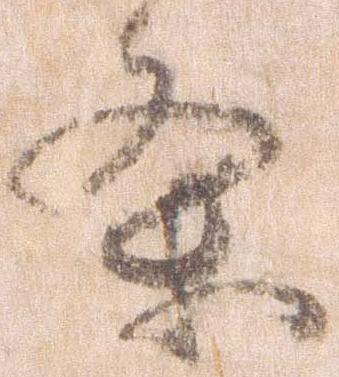
条